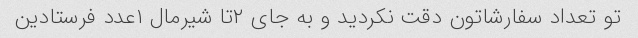
تو تعداد سفارشاتون دقت نکردید و به جای ۲تا شیرمال ۱عدد فرستادین